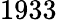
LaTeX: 1933